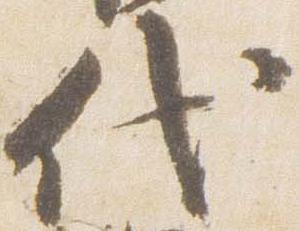
代